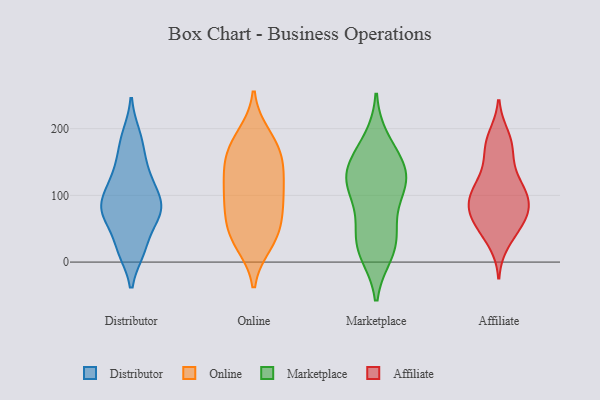
{"axis": {"x": "Website Visitors", "y": "Value"}, "legend": ["Affiliate", "Distributor", "Marketplace", "Online"], "data": [{"x": "", "y": 20, "type": "Distributor"}, {"x": "", "y": 126, "type": "Distributor"}, {"x": "", "y": 93, "type": "Distributor"}, {"x": "", "y": 84, "type": "Distributor"}, {"x": "", "y": 190, "type": "Distributor"}, {"x": "", "y": 163, "type": "Distributor"}, {"x": "", "y": 81, "type": "Distributor"}, {"x": "", "y": 123, "type": "Distributor"}, {"x": "", "y": 69, "type": "Distributor"}, {"x": "", "y": 67, "type": "Distributor"}, {"x": "", "y": 18, "type": "Distributor"}, {"x": "", "y": 100, "type": "Online"}, {"x": "", "y": 177, "type": "Online"}, {"x": "", "y": 135, "type": "Online"}, {"x": "", "y": 92, "type": "Online"}, {"x": "", "y": 156, "type": "Online"}, {"x": "", "y": 126, "type": "Online"}, {"x": "", "y": 29, "type": "Online"}, {"x": "", "y": 44, "type": "Online"}, {"x": "", "y": 189, "type": "Online"}, {"x": "", "y": 82, "type": "Online"}, {"x": "", "y": 40, "type": "Online"}, {"x": "", "y": 41, "type": "Online"}, {"x": "", "y": 172, "type": "Online"}, {"x": "", "y": 85, "type": "Online"}, {"x": "", "y": 141, "type": "Online"}, {"x": "", "y": 161, "type": "Marketplace"}, {"x": "", "y": 120, "type": "Marketplace"}, {"x": "", "y": 29, "type": "Marketplace"}, {"x": "", "y": 14, "type": "Marketplace"}, {"x": "", "y": 181, "type": "Marketplace"}, {"x": "", "y": 68, "type": "Marketplace"}, {"x": "", "y": 122, "type": "Marketplace"}, {"x": "", "y": 141, "type": "Marketplace"}, {"x": "", "y": 40, "type": "Marketplace"}, {"x": "", "y": 113, "type": "Marketplace"}, {"x": "", "y": 138, "type": "Marketplace"}, {"x": "", "y": 111, "type": "Marketplace"}, {"x": "", "y": 19, "type": "Marketplace"}, {"x": "", "y": 108, "type": "Affiliate"}, {"x": "", "y": 178, "type": "Affiliate"}, {"x": "", "y": 71, "type": "Affiliate"}, {"x": "", "y": 30, "type": "Affiliate"}, {"x": "", "y": 170, "type": "Affiliate"}, {"x": "", "y": 46, "type": "Affiliate"}, {"x": "", "y": 84, "type": "Affiliate"}, {"x": "", "y": 108, "type": "Affiliate"}, {"x": "", "y": 138, "type": "Affiliate"}, {"x": "", "y": 73, "type": "Affiliate"}, {"x": "", "y": 98, "type": "Affiliate"}, {"x": "", "y": 188, "type": "Affiliate"}, {"x": "", "y": 103, "type": "Affiliate"}, {"x": "", "y": 131, "type": "Affiliate"}, {"x": "", "y": 102, "type": "Affiliate"}, {"x": "", "y": 82, "type": "Affiliate"}, {"x": "", "y": 47, "type": "Affiliate"}, {"x": "", "y": 63, "type": "Affiliate"}, {"x": "", "y": 176, "type": "Affiliate"}, {"x": "", "y": 71, "type": "Affiliate"}]}